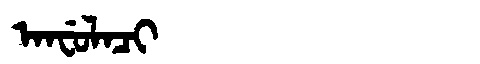
Manchu: ᠠᠨᠸᡠᠯᠠᠴᡳ
Romanization: ANFULACI